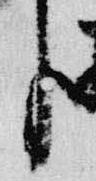
臣